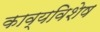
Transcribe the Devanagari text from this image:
काव्यविशेष